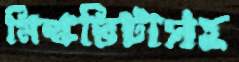
মিল্কভিটাসহ